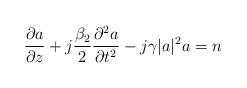
LaTeX: \begin{align*} \frac{\partial a}{\partial z} + j \frac{\beta_2}{2} \frac{\partial^2 a}{\partial t^2} - j \gamma |a|^2 a & = n \end{align*}